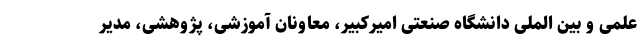
علمی و بین الملی دانشگاه صنعتی امیرکبیر، معاونان آموزشی، پژوهشی، مدیر